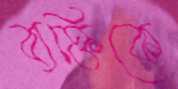
ব্যক্তিকে